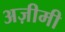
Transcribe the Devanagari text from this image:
अज़ीमी